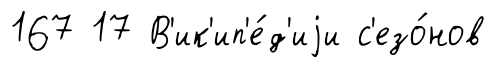
167 17 В'ик'ип'е́д'иjи с'езо́нов